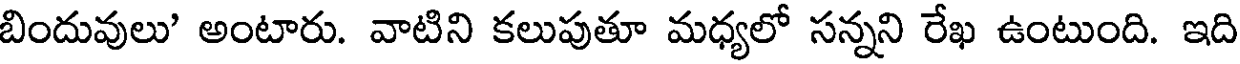
బిందువులు' అంటారు. వాటిని కలుపుతూ మధ్యలో సన్నని రేఖ ఉంటుంది. ఇది